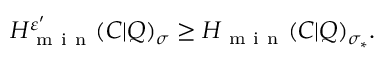
H _ { \mathrm { ~ m ~ i ~ n ~ } } ^ { \varepsilon ^ { \prime } } ( C | Q ) _ { \sigma } \geq H _ { \mathrm { ~ m ~ i ~ n ~ } } ( C | Q ) _ { \sigma _ { \ast } } .